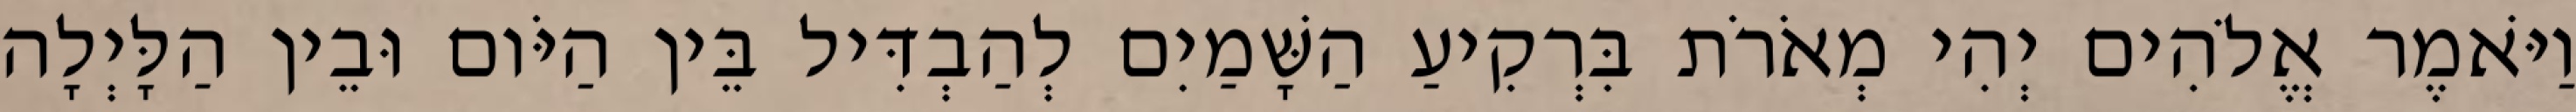
וַיֹּאמֶר אֱלֹהִים יְהִי מְאֹרֹת בִּרְקִיעַ הַשָּׁמַיִם לְהַבְדִּיל בֵּין הַיֹּום וּבֵין הַלָּיְלָה